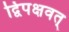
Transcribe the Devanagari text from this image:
द्विपक्षवत्‌